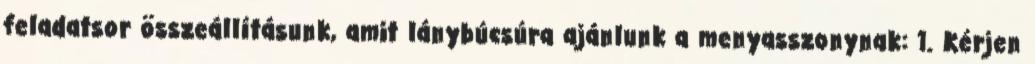
feladatsor összeállításunk, amit lánybúcsúra ajánlunk a menyasszonynak: 1. Kérjen